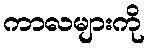
ကာလများကို